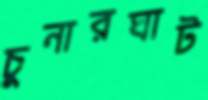
চুনারঘাট